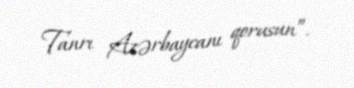
Tanrı Azərbaycanı qorusun”.